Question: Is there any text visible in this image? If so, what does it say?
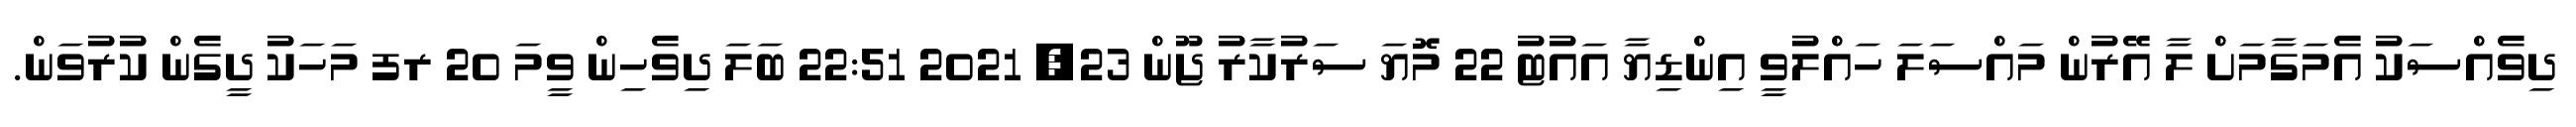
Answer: ދިވެއްސަކު އެމަގާމަށް ލާ އޭރުން މައްސަލަ ހައްލުވީ އިންޑިޔާ އައުޓު 22 މޮޔަ ސަރުކާރު ޖޫން 23, 2021 22:51 ބަލަ ދިވެހިން ވީމަ 20 ރފ މަހަކު ދީގެން ކުރުވަން.